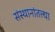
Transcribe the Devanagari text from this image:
संस्थानांतल्या